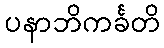
ပနာဘိကင်္ခတိ